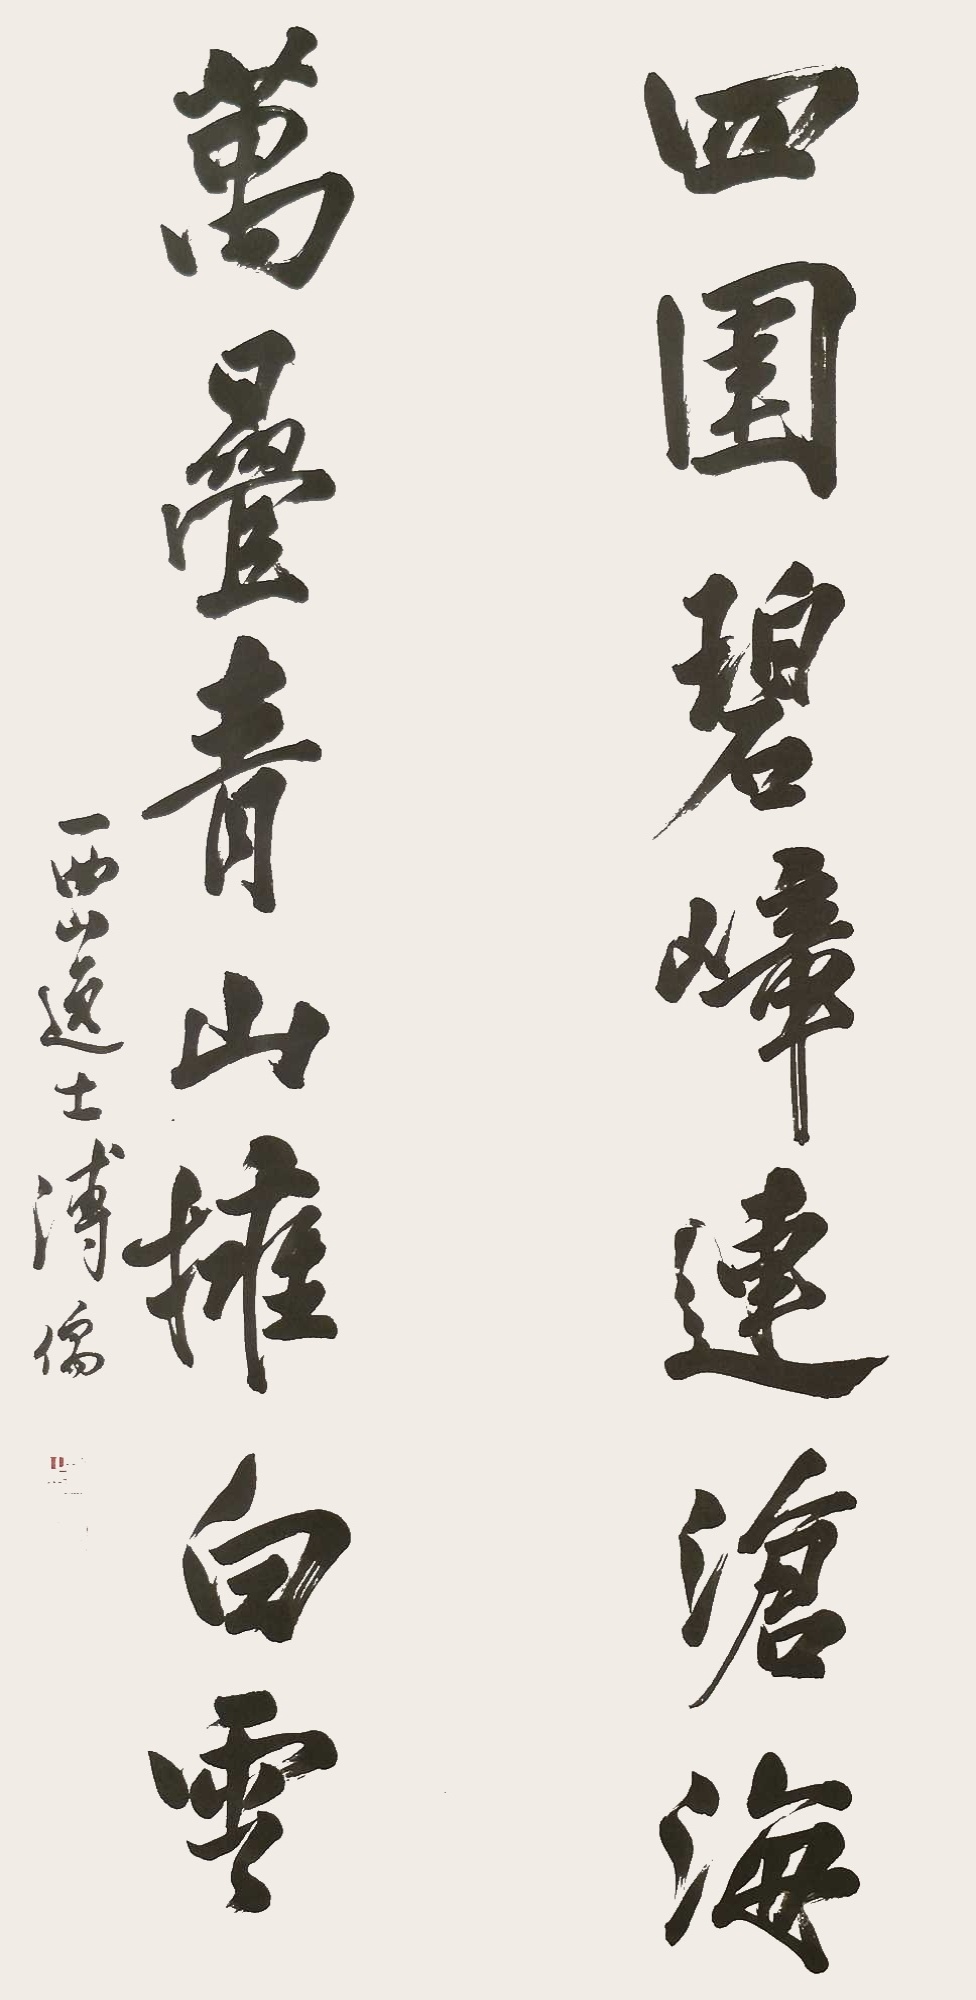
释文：四围碧嶂连沧海，万迭青山拥白云。西山逸士溥儒。